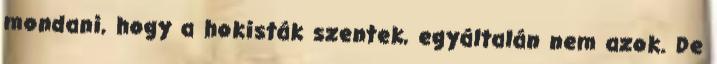
mondani, hogy a hokisták szentek, egyáltalán nem azok. De